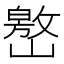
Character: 𱜐